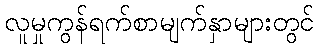
လူမှုကွန်ရက်စာမျက်နှာများတွင်